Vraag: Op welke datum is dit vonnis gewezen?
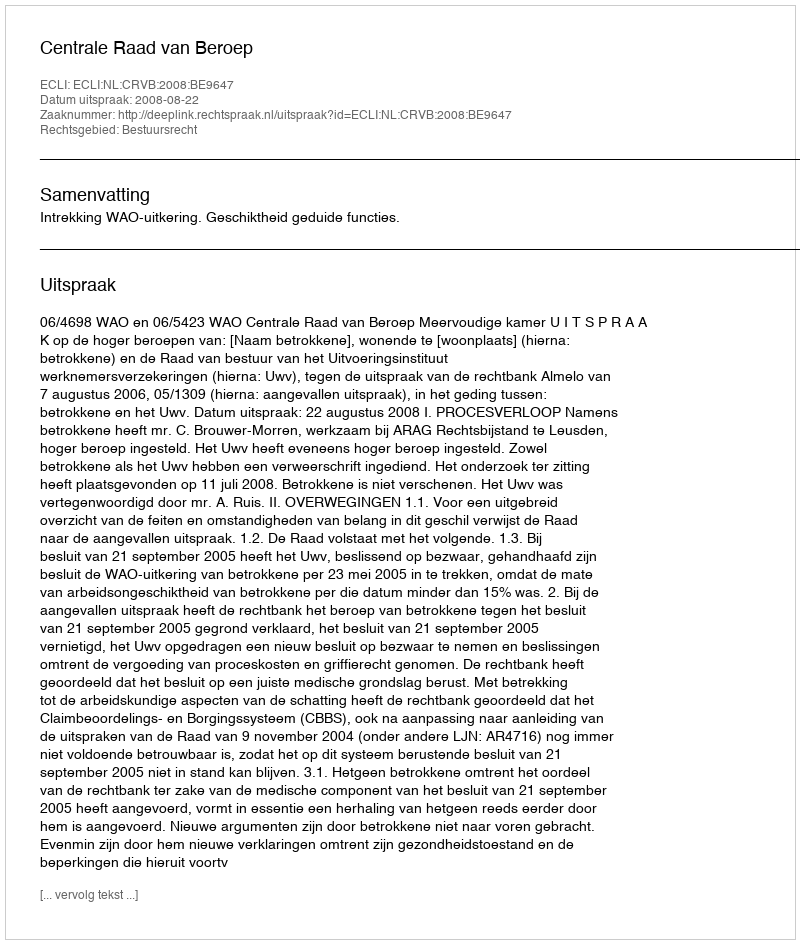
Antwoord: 2008-08-22